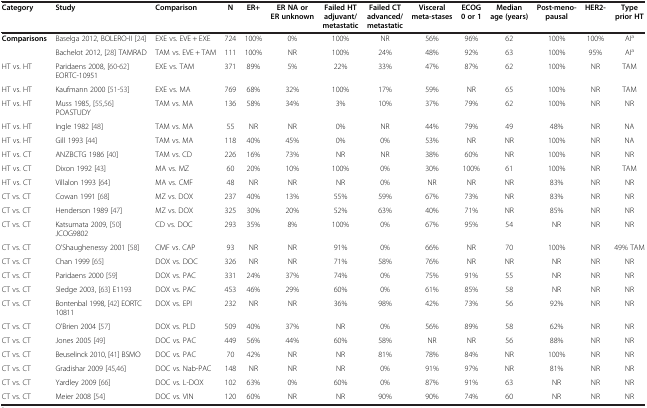
<table><thead><tr><td><b>Category</b></td><td><b>Study</b></td><td><b>Comparison</b></td><td><b>N</b></td><td><b>ER+</b></td><td><b>ER NA or ER unknown</b></td><td><b>Failed HT adjuvant/ metastatic</b></td><td><b>Failed CT advanced/ metastatic</b></td><td><b>Visceral meta-stases</b></td><td><b>ECOG 0 or 1</b></td><td><b>Median age (years)</b></td><td><b>Post-meno-pausal</b></td><td><b>HER2-</b></td><td><b>Type prior HT</b></td></tr></thead><tbody><tr><td rowspan="2"><b>Comparisons</b></td><td>Baselga 2012, BOLERO-II [24]</td><td>EXE vs. EVE + EXE</td><td>724</td><td>100%</td><td>0%</td><td>100%</td><td>NR</td><td>56%</td><td>96%</td><td>62</td><td>100%</td><td>100%</td><td>AI<sup>a</sup></td></tr><tr><td>Bachelot 2012, [28] TAMRAD</td><td>TAM vs. EVE + TAM</td><td>111</td><td>100%</td><td>NR</td><td>100%</td><td>24%</td><td>48%</td><td>92%</td><td>63</td><td>100%</td><td>95%</td><td>AI<sup>a</sup></td></tr><tr><td>HT vs. HT</td><td>Paridaens 2008, [60-62] EORTC-10951</td><td>EXE vs. TAM</td><td>371</td><td>89%</td><td>5%</td><td>22%</td><td>33%</td><td>47%</td><td>87%</td><td>62</td><td>100%</td><td>NR</td><td>TAM</td></tr><tr><td>HT vs. HT</td><td>Kaufmann 2000 [51-53]</td><td>EXE vs. MA</td><td>769</td><td>68%</td><td>32%</td><td>100%</td><td>17%</td><td>59%</td><td>NR</td><td>65</td><td>100%</td><td>NR</td><td>TAM</td></tr><tr><td>HT vs. HT</td><td>Muss 1985, [55,56] POASTUDY</td><td>TAM vs. MA</td><td>136</td><td>58%</td><td>34%</td><td>3%</td><td>10%</td><td>37%</td><td>79%</td><td>62</td><td>100%</td><td>NR</td><td>NR</td></tr><tr><td>HT vs. HT</td><td>Ingle 1982 [48]</td><td>TAM vs. MA</td><td>55</td><td>NR</td><td>NR</td><td>0%</td><td>NR</td><td>44%</td><td>79%</td><td>49</td><td>48%</td><td>NR</td><td>NA</td></tr><tr><td>HT vs. HT</td><td>Gill 1993 [44]</td><td>TAM vs. MA</td><td>118</td><td>40%</td><td>45%</td><td>0%</td><td>0%</td><td>53%</td><td>NR</td><td>NR</td><td>100%</td><td>NR</td><td>NA</td></tr><tr><td>HT vs. CT</td><td>ANZBCTG 1986 [40]</td><td>TAM vs. CD</td><td>226</td><td>16%</td><td>73%</td><td>NR</td><td>NR</td><td>38%</td><td>60%</td><td>NR</td><td>100%</td><td>NR</td><td>NR</td></tr><tr><td>HT vs. CT</td><td>Dixon 1992 [43]</td><td>MA vs. MZ</td><td>60</td><td>20%</td><td>10%</td><td>100%</td><td>0%</td><td>30%</td><td>100%</td><td>61</td><td>100%</td><td>NR</td><td>TAM</td></tr><tr><td>HT vs. CT</td><td>Villalon 1993 [64]</td><td>MA vs. CMF</td><td>48</td><td>NR</td><td>NR</td><td>NR</td><td>0%</td><td>NR</td><td>NR</td><td>NR</td><td>83%</td><td>NR</td><td>NR</td></tr><tr><td>CT vs. CT</td><td>Cowan 1991 [68]</td><td>MZ vs. DOX</td><td>237</td><td>40%</td><td>13%</td><td>55%</td><td>59%</td><td>67%</td><td>73%</td><td>NR</td><td>83%</td><td>NR</td><td>NR</td></tr><tr><td>CT vs. CT</td><td>Henderson 1989 [47]</td><td>MZ vs. DOX</td><td>325</td><td>30%</td><td>20%</td><td>52%</td><td>63%</td><td>40%</td><td>71%</td><td>NR</td><td>85%</td><td>NR</td><td>NR</td></tr><tr><td>CT vs. CT</td><td>Katsumata 2009, [50] JCOG9802</td><td>CD vs. DOC</td><td>293</td><td>35%</td><td>8%</td><td>100%</td><td>0%</td><td>67%</td><td>95%</td><td>54</td><td>NR</td><td>NR</td><td>NR</td></tr><tr><td>CT vs. CT</td><td>O'Shaughenessy 2001 [58]</td><td>CMF vs. CAP</td><td>93</td><td>NR</td><td>NR</td><td>91%</td><td>0%</td><td>66%</td><td>NR</td><td>70</td><td>100%</td><td>NR</td><td>49% TAM</td></tr><tr><td>CT vs. CT</td><td>Chan 1999 [65]</td><td>DOX vs. DOC</td><td>326</td><td>NR</td><td>NR</td><td>71%</td><td>58%</td><td>76%</td><td>NR</td><td>NR</td><td>NR</td><td>NR</td><td>NR</td></tr><tr><td>CT vs. CT</td><td>Paridaens 2000 [59]</td><td>DOX vs. PAC</td><td>331</td><td>24%</td><td>37%</td><td>74%</td><td>0%</td><td>75%</td><td>91%</td><td>55</td><td>NR</td><td>NR</td><td>NR</td></tr><tr><td>CT vs. CT</td><td>Sledge 2003, [63] E1193</td><td>DOX vs. PAC</td><td>453</td><td>46%</td><td>29%</td><td>60%</td><td>0%</td><td>61%</td><td>85%</td><td>58</td><td>NR</td><td>NR</td><td>NR</td></tr><tr><td>CT vs. CT</td><td>Bontenbal 1998, [42] EORTC 10811</td><td>DOX vs. EPI</td><td>232</td><td>NR</td><td>NR</td><td>36%</td><td>98%</td><td>42%</td><td>73%</td><td>56</td><td>92%</td><td>NR</td><td>NR</td></tr><tr><td>CT vs. CT</td><td>O'Brien 2004 [57]</td><td>DOX vs. PLD</td><td>509</td><td>40%</td><td>37%</td><td>NR</td><td>0%</td><td>56%</td><td>89%</td><td>58</td><td>62%</td><td>NR</td><td>NR</td></tr><tr><td>CT vs. CT</td><td>Jones 2005 [49]</td><td>DOC vs. PAC</td><td>449</td><td>56%</td><td>44%</td><td>60%</td><td>58%</td><td>NR</td><td>NR</td><td>56</td><td>88%</td><td>NR</td><td>NR</td></tr><tr><td>CT vs. CT</td><td>Beuselinck 2010, [41] BSMO</td><td>DOC vs. PAC</td><td>70</td><td>42%</td><td>NR</td><td>NR</td><td>81%</td><td>78%</td><td>84%</td><td>NR</td><td>100%</td><td>NR</td><td>NR</td></tr><tr><td>CT vs. CT</td><td>Gradishar 2009 [45,46]</td><td>DOC vs. Nab-PAC</td><td>148</td><td>NR</td><td>NR</td><td>NR</td><td>0%</td><td>91%</td><td>97%</td><td>NR</td><td>81%</td><td>NR</td><td>NR</td></tr><tr><td>CT vs. CT</td><td>Yardley 2009 [66]</td><td>DOC vs. L-DOX</td><td>102</td><td>63%</td><td>0%</td><td>60%</td><td>0%</td><td>87%</td><td>91%</td><td>63</td><td>NR</td><td>NR</td><td>NR</td></tr><tr><td>CT vs. CT</td><td>Meier 2008 [54]</td><td>DOC vs. VIN</td><td>120</td><td>60%</td><td>NR</td><td>NR</td><td>90%</td><td>90%</td><td>74%</td><td>60</td><td>NR</td><td>NR</td><td>NR</td></tr></tbody></table>